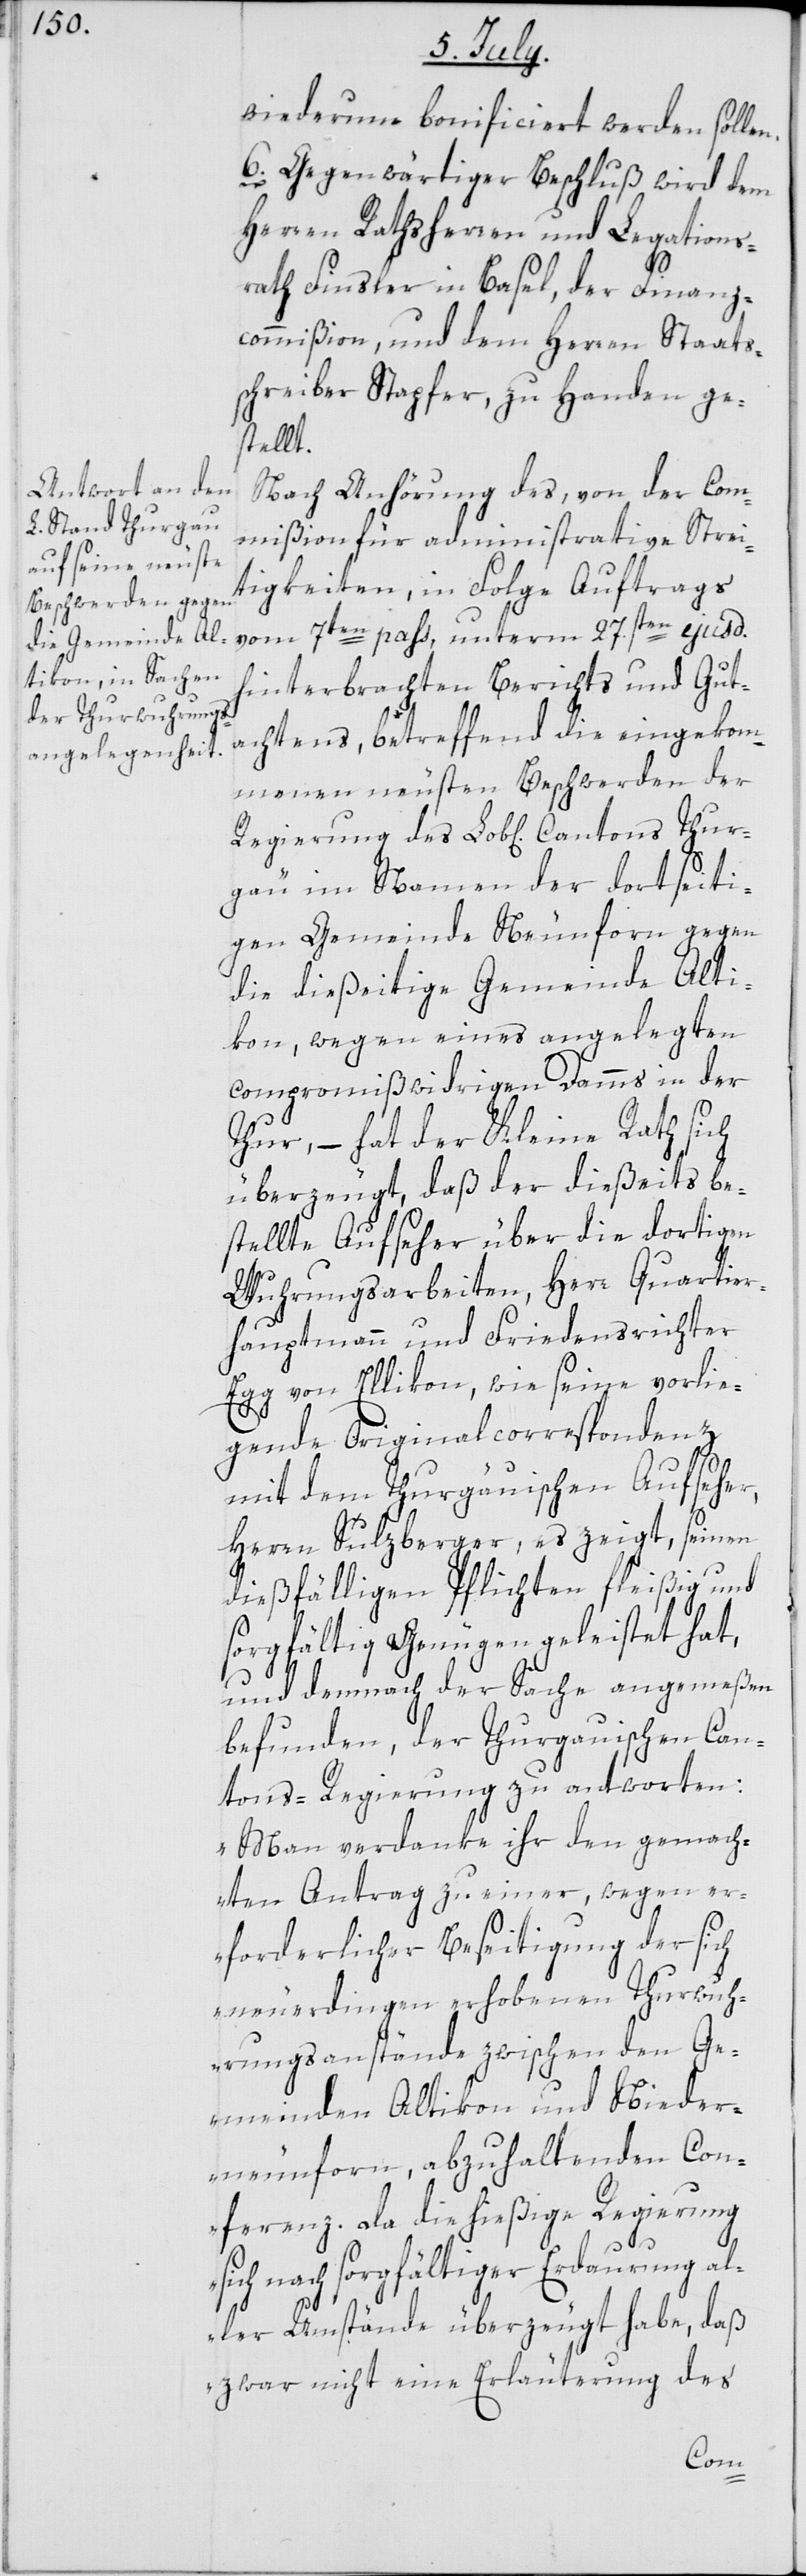
wiederum bonificiert werden sollen.
6. Gegenwärtiger Beschluß wird dem
Herren Rathsherren und Legations¬
rath Finsler in Basel, der Finanz¬
commißion, und dem Herren Staats¬
schreiber Stapfer, zu Handen ge¬
stellt.
Nach Anhörung des, von der Com¬
mißion für administrative Strei¬
tigkeiten, in Folge Auftrags
vom 7ten pass, unterm 27sten ejusd.
hinterbrachten Berichts und Gut¬
achtens, betreffend die eingekom¬
menen neusten Beschwerden der
Regierung des Lob[lichen] Cantons Thur¬
gäu im Namen der dortseiti¬
gen Gemeinde Neunforn gegen
die dießeitige Gemeinde Alti¬
kon, wegen eines angelegten
compromißwidrigen Damms in der
Thur, – hat der Kleine Rath sich
überzeugt, daß der dießeits be¬
stellte Aufseher über die dortigen
Wuhrungsarbeiten, Herr Quartier¬
hauptmann und Friedensrichter
Egg von Ellikon, wie seine vorlie¬
gende Originalcorrespondenz
mit dem Thurgäuischen Aufseher,
Herrn Sulzberger, es zeigt, seinen
dießfälligen Pflichten fleißig und
sorgfältig Genügen geleistet hat,
und demnach der Sache angemeßen
befunden, der Thurgauischen Can¬
tons-Regierung zu antworten:
„Man verdanke ihr den gemach¬
ten Antrag zu einer, wegen er¬
forderlicher Beseitigung der sich
neuerdingen erhobenen Thurwuh¬
rungsanstände zwischen den Ge¬
meinden Altikon und Nieder¬
neunforn, abzuhaltenden Con¬
ferenz. Da die hießige Regierung
sich nach sorgfältiger Erdaurung al¬
ler Umstände überzeugt habe, daß
zwar nicht eine Erläuterung des